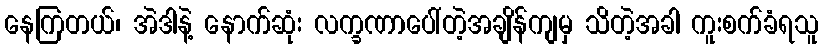
နေကြတယ်၊ အဲဒါနဲ့ နောက်ဆုံး လက္ခဏာပေါ်တဲ့အချိန်ကျမှ သိတဲ့အခါ ကူးစက်ခံရသူ